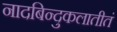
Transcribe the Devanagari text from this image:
नादबिन्दुकलातीतं